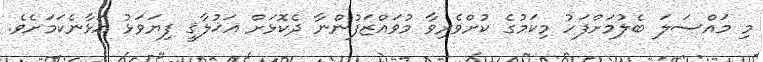
މި މައްސަލަ ބެލުމަށްފަހު މިކަމުގެ ކުށްވެރިވާ މުވައްޒަފުންނާ ދެކޮޅަށް އަޚުލާޤީ ފިޔަވަޅު އަޅާނެކަމަށެވެ.